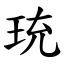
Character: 珫